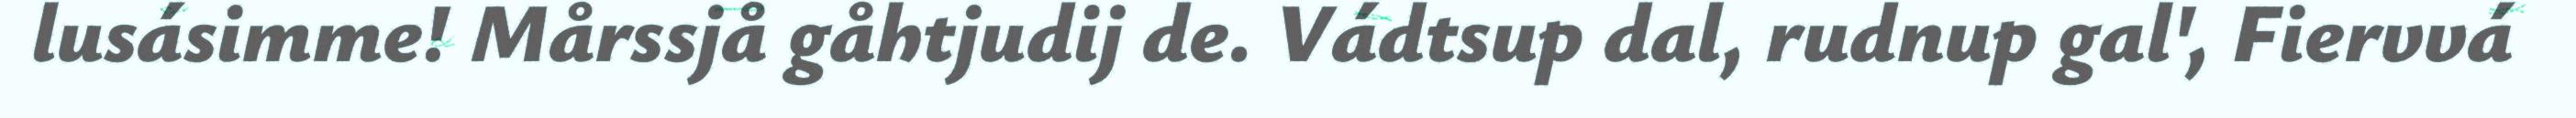
lusásimme! Mårssjå gåhtjudij de. Vádtsup dal, rudnup gal', Fiervvá